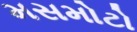
મસમોટો